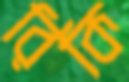
রিকি